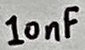
Text: 10nF